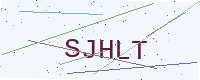
Text: SJHLT